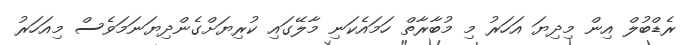
ރެޑްބުލް އިން މިދިޔަ އަހަރު މި މުބާރާތް ހަމައެކަނި މާލޭގައި ކުރިޔަށްގެންދިޔަނަަމަވެސް މިއަހަރު